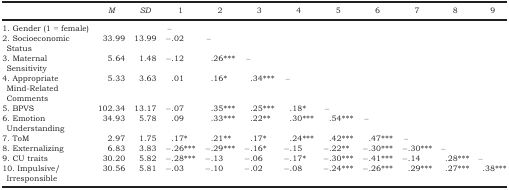
<table><thead><tr><td></td><td><b><i>M</i></b></td><td><b><i>SD</i></b></td><td><b>1</b></td><td><b>2</b></td><td><b>3</b></td><td><b>4</b></td><td><b>5</b></td><td><b>6</b></td><td><b>7</b></td><td><b>8</b></td><td><b>9</b></td></tr></thead><tbody><tr><td>1. Gender (1 = female)</td><td></td><td></td><td>–</td><td></td><td></td><td></td><td></td><td></td><td></td><td></td><td></td></tr><tr><td>2. Socioeconomic Status</td><td>33.99</td><td>13.99</td><td>−.02</td><td>–</td><td></td><td></td><td></td><td></td><td></td><td></td><td></td></tr><tr><td>3. Maternal Sensitivity</td><td>5.64</td><td>1.48</td><td>−.12</td><td>.26***</td><td>–</td><td></td><td></td><td></td><td></td><td></td><td></td></tr><tr><td>4. Appropriate Mind‐Related Comments</td><td>5.33</td><td>3.63</td><td>.01</td><td>.16*</td><td>.34***</td><td>–</td><td></td><td></td><td></td><td></td><td></td></tr><tr><td>5. BPVS</td><td>102.34</td><td>13.17</td><td>−.07</td><td>.35***</td><td>.25***</td><td>.18*</td><td>–</td><td></td><td></td><td></td><td></td></tr><tr><td>6. Emotion Understanding</td><td>34.93</td><td>5.78</td><td>.09</td><td>.33***</td><td>.22**</td><td>.30***</td><td>.54***</td><td>–</td><td></td><td></td><td></td></tr><tr><td>7. ToM</td><td>2.97</td><td>1.75</td><td>.17*</td><td>.21**</td><td>.17*</td><td>.24***</td><td>.42***</td><td>.47***</td><td>–</td><td></td><td></td></tr><tr><td>8. Externalizing</td><td>6.83</td><td>3.83</td><td>−.26***</td><td>−.29***</td><td>−.16*</td><td>−.15</td><td>−.22**</td><td>−.30***</td><td>−.30***</td><td>–</td><td></td></tr><tr><td>9. CU traits</td><td>30.20</td><td>5.82</td><td>−.28***</td><td>−.13</td><td>−.06</td><td>−.17*</td><td>−.30***</td><td>−.41***</td><td>−.14</td><td>.28***</td><td>–</td></tr><tr><td>10. Impulsive/Irresponsible</td><td>30.56</td><td>5.81</td><td>−.03</td><td>−.10</td><td>−.02</td><td>−.08</td><td>−.24***</td><td>−.26***</td><td>.29***</td><td>.27***</td><td>.38***</td></tr></tbody></table>